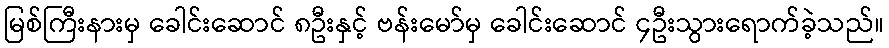
မြစ်ကြီးနားမှ ခေါင်းဆောင် ၈ဦးနှင့် ဗန်းမော်မှ ခေါင်းဆောင် ၄ဦးသွားရောက်ခဲ့သည်။